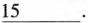
\underline{15}